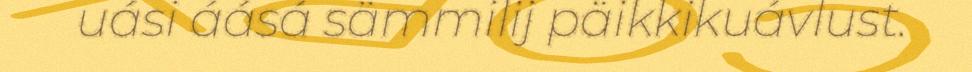
uási áásá sämmilij päikkikuávlust.